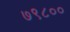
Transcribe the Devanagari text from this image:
७९८००